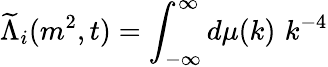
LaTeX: \widetilde{\Lambda}_{i}(m^{2},t)=\int_{-\infty}^{\infty}d\mu(k)\, \, k^{-4}